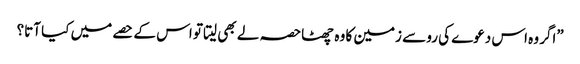
”اگر وہ اس دعوے کی رو سے زمین کا وہ چھٹاحصہ لے بھی لیتا تو اس کے حصے میں کیا آتا؟